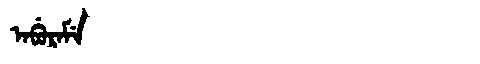
Manchu: ᠠᠪᡠᡵᠠᠮᡝ
Romanization: ABURAME